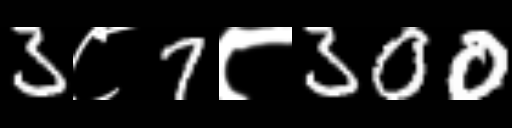
Text: 3८7८300